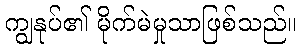
ကျွနုပ်၏ မိုက်မဲမှုသာဖြစ်သည်။